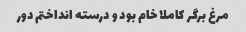
مرغ برگر کاملا خام بود و درسته انداختم دور